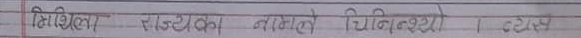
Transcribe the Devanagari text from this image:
विभिन्न राष्ट्रका नामले चिनिन्छ ?